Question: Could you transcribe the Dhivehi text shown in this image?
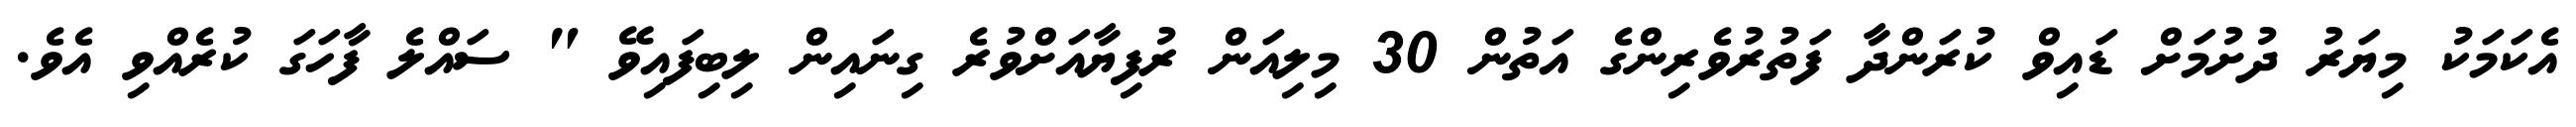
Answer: އެކަމަކު މިޔަރު ދުށުމަށް ޑައިވް ކުރަންދާ ފަތުރުވެރިންގެ އަތުން 30 މިލިއަން ރުފިޔާއަށްވުރެ ގިނައިން ލިބިފައިވޭ " ސައްލެ ފާހަގަ ކުރެއްވި އެވެ.